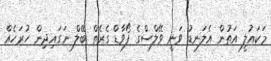
މަކައުލީ އަތުން އެލަނޑު ވަނީ ވޭލްސްގެ ފޯވާޑް ގެރެތް ބޭލް ނަގައިދިން ހުރަހެއް